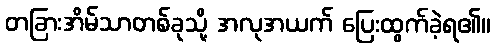
တခြားအိမ်သာတစ်ခုသို့ အလုအယက် ပြေးထွက်ခဲ့ရ၏။